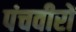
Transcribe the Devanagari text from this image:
पंचवीरों